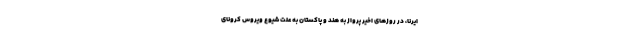
ایرنا، در روزهای اخیر پرواز به هند و پاکستان به علت شیوع ویروس کرونای